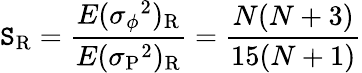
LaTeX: \mathtt{S}_{\mathrm{R}}={\frac{{E(\sigma{_\phi}^{2})_{\mathrm{R}}}}{{E(\sigma{_{\mathrm{P}}}^{2})_{\mathrm{R}}}}}={\frac{{N(N+3)}}{{15(N+1)}}}